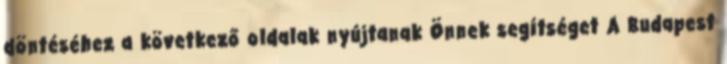
döntéséhez a következő oldalak nyújtanak Önnek segítséget A Budapest